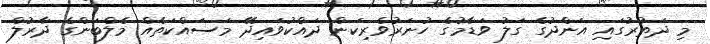
މި ދަތުރުގައި އަންދުގެ ގަލު ވަޑާމުގެ ހުނަރުވެރިކަން ދައްކުވައިދޭ މަސައްކަތެއް މެލްބަންގެ ދާރުލް